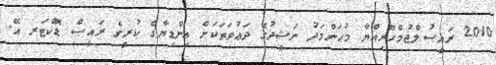
2010 ރައީސުލްޖުމްހޫރިއްޔާ މުޙަންމަދު ނަޝީދުގެ ދަޢުވަތަކަށް އިންޑިޔާގެ ކުރީގެ ރައީސް ޑޮކްޓަރ އޭ.